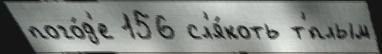
пого́д'е 156 сл'я́коть т'́плым